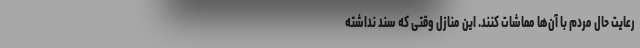
رعایت حال مردم با آن‌ها مماشات کنند. این منازل وقتی که سند نداشته